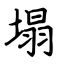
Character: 塌